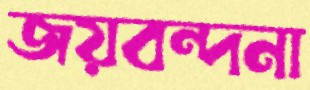
জয়বন্দনা